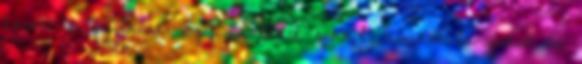
keresi a gyilkost. Egy családot sokkol, amikor lányukat és